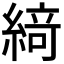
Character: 𦂶